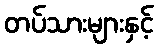
တပ်သားများနှင့်